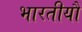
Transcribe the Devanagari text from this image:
भारतीयौं